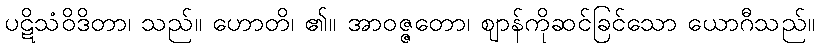
ပဋိသံဝိဒိတာ၊ သည်။ ဟောတိ၊ ၏။ အာဝဇ္ဇတော၊ ဈာန်ကိုဆင်ခြင်သော ယောဂီသည်။